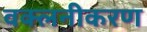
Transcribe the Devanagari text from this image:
वक्लनीकरण